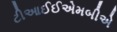
ટીઆઈઈએમબીએ